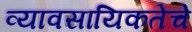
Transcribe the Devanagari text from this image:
व्यावसायिकतेचे